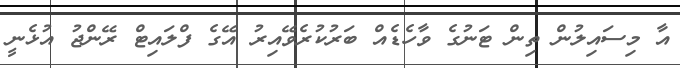
އާ މިސައިލުން ތިން ޓަނުގެ ވާހެޑެއް ބަރުކުރެވޭއިރު އޭގެ ފްލައިޓް ރޭންޖު އުޅެނީ